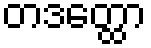
တဒတ္ထော